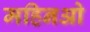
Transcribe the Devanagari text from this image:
महिनओ